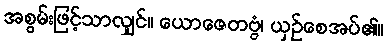
အစွမ်းဖြင့်သာလျှင်။ ယောဇေတဗ္ဗံ၊ ယှဉ်စေအပ်၏။